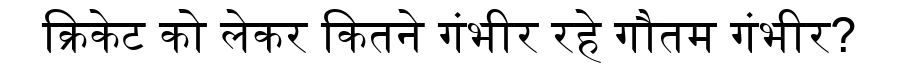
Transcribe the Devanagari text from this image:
क्रिकेट को लेकर कितने गंभीर रहे गौतम गंभीर?